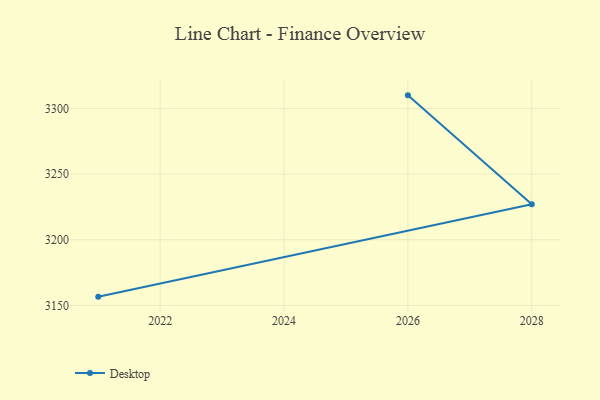
{"axis": {"x": "Year", "y": "Gross Profit (USD K)"}, "legend": ["Desktop"], "data": [{"x": "2026", "y": 3310.0, "type": "Desktop"}, {"x": "2028", "y": 3227.1, "type": "Desktop"}, {"x": "2021", "y": 3156.7, "type": "Desktop"}]}